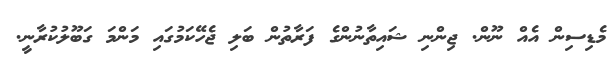
މެޑިސިން އެއް ނޫން. ޖިންނި ޝައިތާނުންގެ ފަރާތުން ބަލި ޖެހޭކަމުގައި މަންމަ ގަބޫލުކުރާނީ.